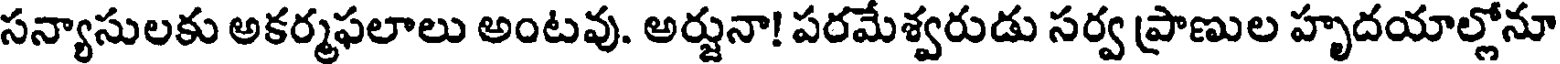
సన్యాసులకు అకర్మఫలాలు అంటవు. అర్జునా! పరమేశ్వరుడు సర్వ ప్రాణుల హృదయాల్లోనూ